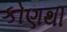
કોણથી